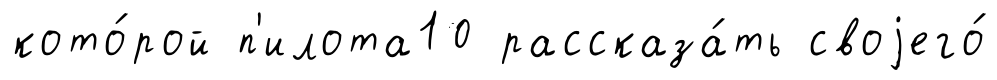
кото́рой п'илота10 рассказа́ть своjего́